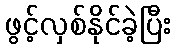
ဖွင့်လှစ်နိုင်ခဲ့ပြီး